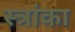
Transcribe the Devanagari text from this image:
स्त्रांका